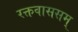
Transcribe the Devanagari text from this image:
रक्तवाससम्